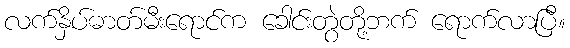
လက်နှိပ်ဓာတ်မီးရောင်က ခေါင်းတွဲတို့ဘက် ရောက်လာပြီ။